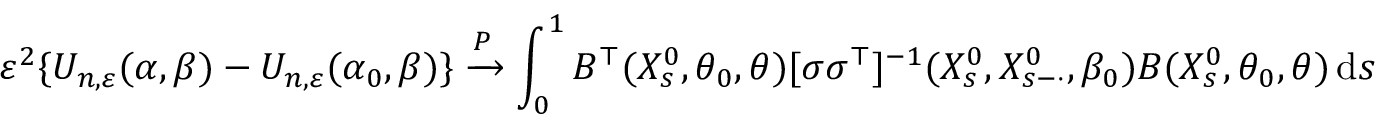
\varepsilon ^ { 2 } \{ U _ { n , \varepsilon } ( \alpha , \beta ) - U _ { n , \varepsilon } ( \alpha _ { 0 } , \beta ) \} \xrightarrow { P } \int _ { 0 } ^ { 1 } B ^ { \top } ( X _ { s } ^ { 0 } , \theta _ { 0 } , \theta ) [ \sigma \sigma ^ { \top } ] ^ { - 1 } ( X _ { s } ^ { 0 } , X _ { s - \cdot } ^ { 0 } , \beta _ { 0 } ) B ( X _ { s } ^ { 0 } , \theta _ { 0 } , \theta ) \, \mathrm { d } s